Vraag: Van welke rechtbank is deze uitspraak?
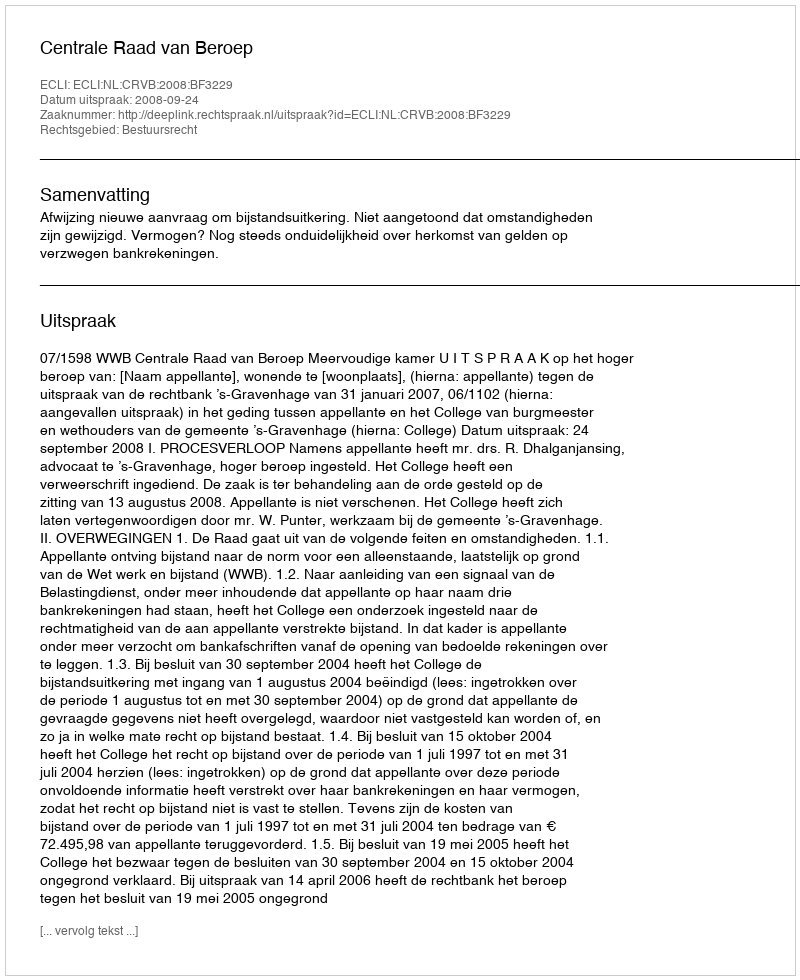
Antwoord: Centrale Raad van Beroep